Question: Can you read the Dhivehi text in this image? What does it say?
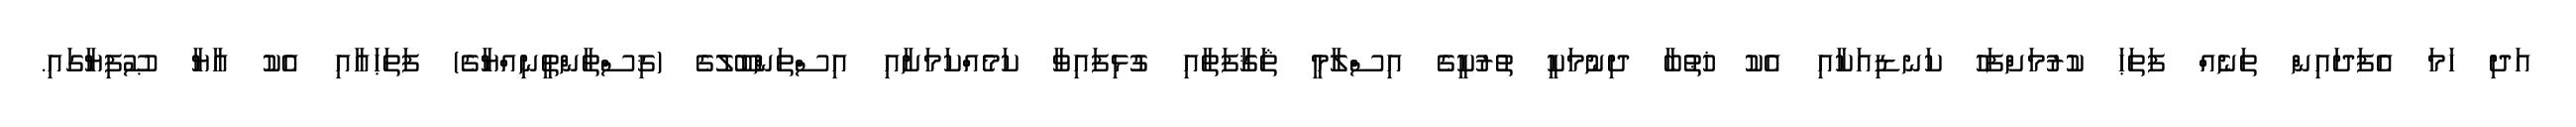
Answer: އަދި ހަމަ އެފަދައިން ތަނެއް ފަތަޙަ ކުރުމަށްފަހު ކަނޑިއަކާއި އެކު ޚުޠުބާ ދިނުމަކީ ތުރުކީގެ އިސްލާމީ ޘަޤާފަތާއި ގުޅިފައިވާ ކަމެއްކަމަށާއި އިސްތަންބޫލުގެ (ޤިސްޠާންޠީނިއްޔާގެ) ފަތަޙައާއި އެކު އާޔާ ޞޫފިޔާގައި.